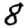
Digit: 8